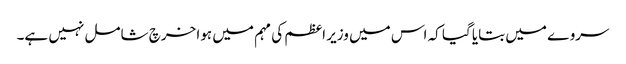
سروے میں بتایا گیا کہ اس میں وزیر اعظم کی مہم میں ہوا خرچ شامل نہیں ہے۔